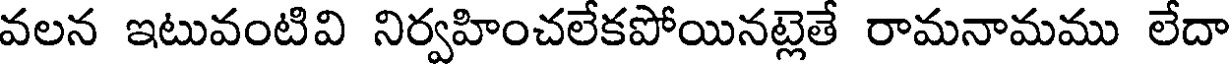
వలన ఇటువంటివి నిర్వహించలేకపోయినట్లెతే రామనామము లేదా